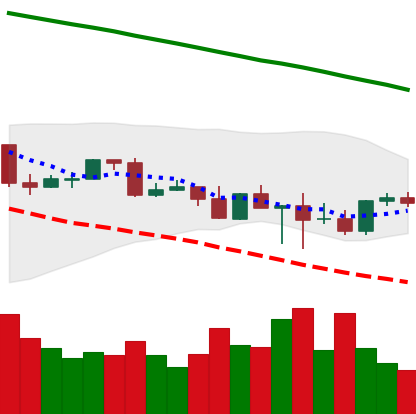
Ticker: TRX-USD
Chart end date: 2022-03-02
Forward return: -4.602%
Label: down_3_5